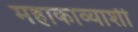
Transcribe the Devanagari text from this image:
महाकाव्याशी